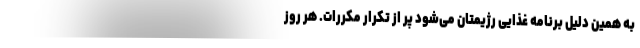
به همین دلیل برنامه غذایی رژیمتان می‌شود پر از تکرار مکررات. هر روز